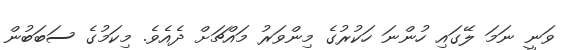
ވަނީ ނަމަ ލޭގައި ހުންނަ ހަކުރުގެ މިންވަރު މައްޗަށް ދެއެވެ. މިކަމުގެ ސަބަބުން